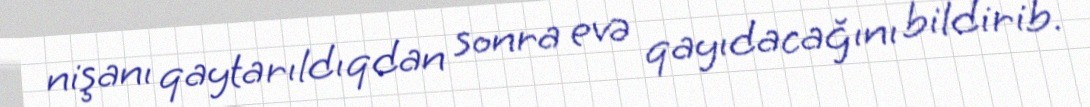
nişanı qaytarıldıqdan sonra evə qayıdacağını bildirib.